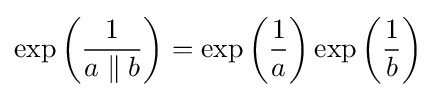
\exp \left({\frac {1}{a\parallel b}}\right)=\exp \left({\frac {1}{a}}\right)\exp \left({\frac {1}{b}}\right)